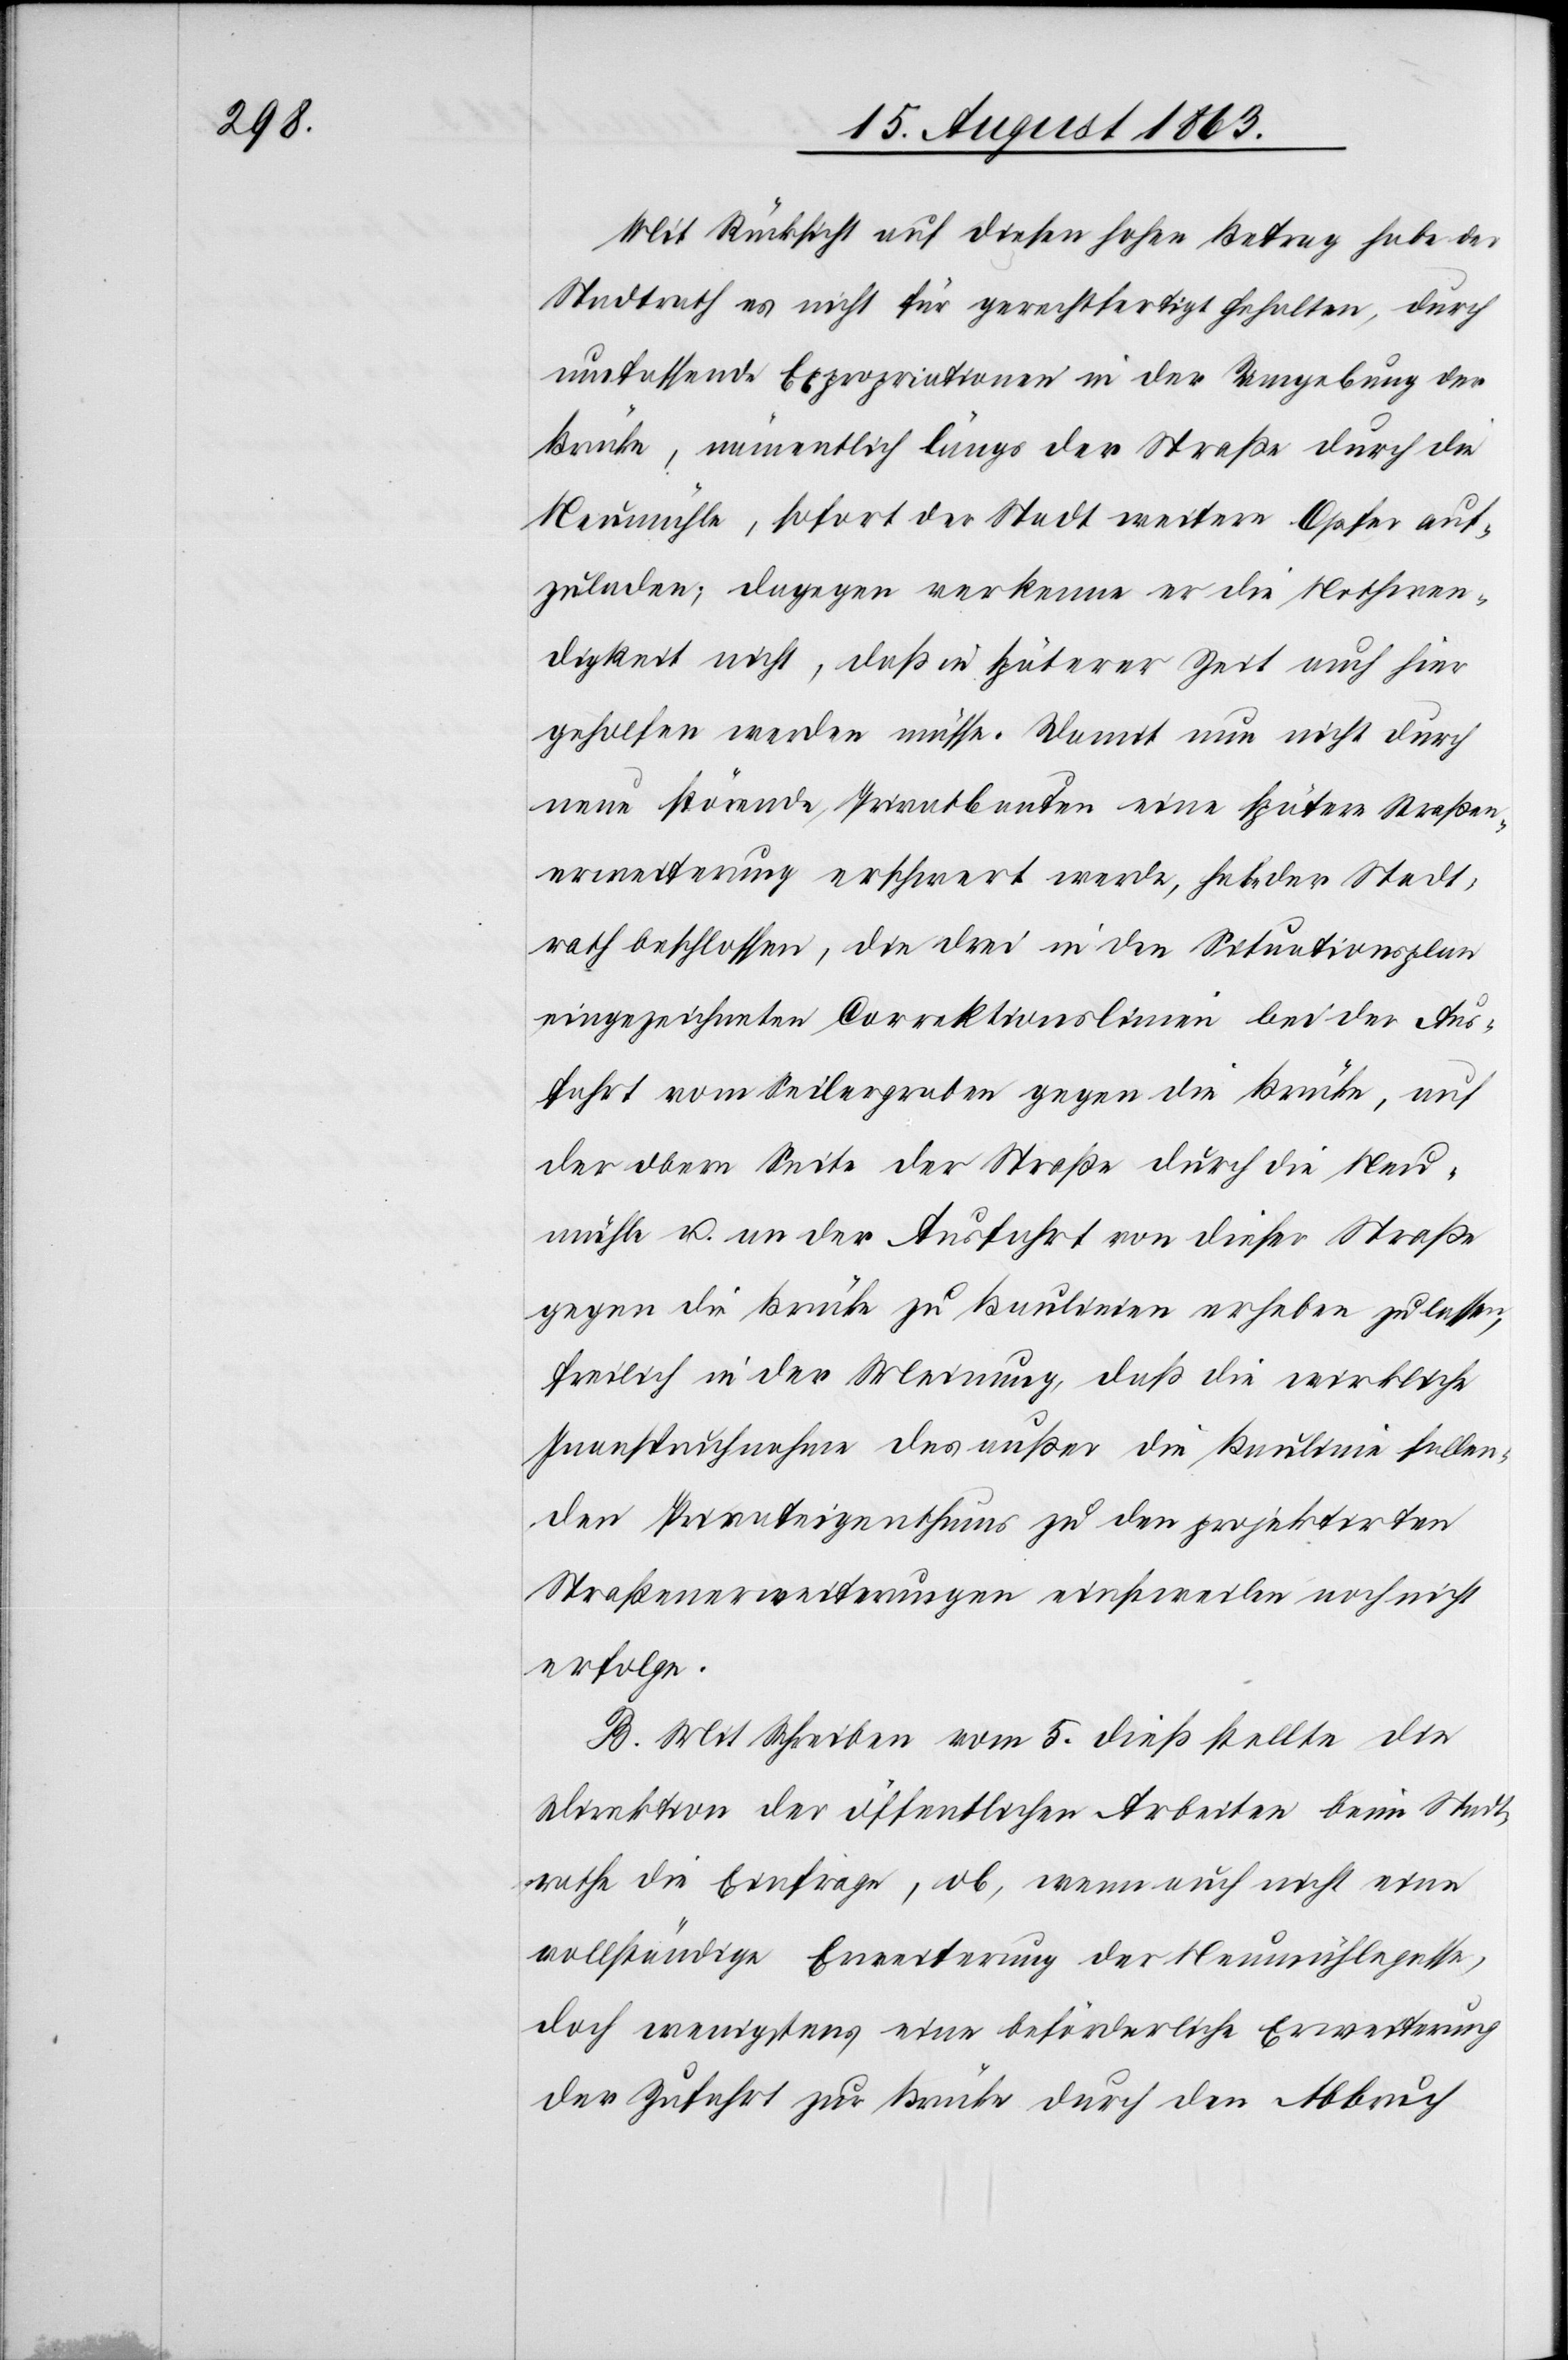
Mit Rücksicht auf diesen hohen Betrag habe der
Stadtrath es nicht für gerechtfertigt gehalten, durch
umfassende Expropriationen in der Umgebung der
Brücke, namentlich längs der Straße durch die
Neumühle, sofort der Stadt weitere Opfer auf¬
zuladen; dagegen verkenne er die Nothwen¬
digkeit nicht, daß in späterer Zeit auch hier
geholfen werden müsse. Damit nun nicht durch
neue störende Privatbauten eine spätere Straßen¬
erweiterung erschwert werde, habe der Stadt¬
rath beschlossen, die drei in den Situationsplan
eingezeichneten Correktionslinien bei der Aus¬
fahrt vom Seilergraben gegen die Brücke, auf
der obern Seite der Straße durch die Neu¬
mühle u. an der Ausfahrt von dieser Straße
gegen die Brücke zu Baulinien erheben zu lassen,
freilich in der Meinung, daß die wirkliche
Inanspruchnahme des außer die Baulinie fallen¬
den Privateigenthums zu den projektirten
Straßenerweiterungen einstweilen noch nicht
erfolge.
B. Mit Schreiben vom 5. dieß stellte die
Direktion der öffentlichen Arbeiten beim Stadt¬
rathe die Einfrage, ob, wenn auch nicht eine
vollständige Erweiterung der Neumühlegasse,
doch wenigstens eine beförderliche Erweiterung
der Zufahrt zur Brücke durch den Abbruch